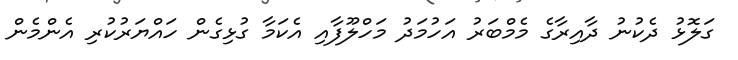
ގަލޮޅު ދެކުނު ދާއިރާގެ މެމްބަރު އަހުމަދު މަހްލޫފާއި އެކަމާ ގުޅިގެން ހައްޔަރުކުރި އެންމެން